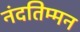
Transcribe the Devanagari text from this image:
नंदतिम्मन